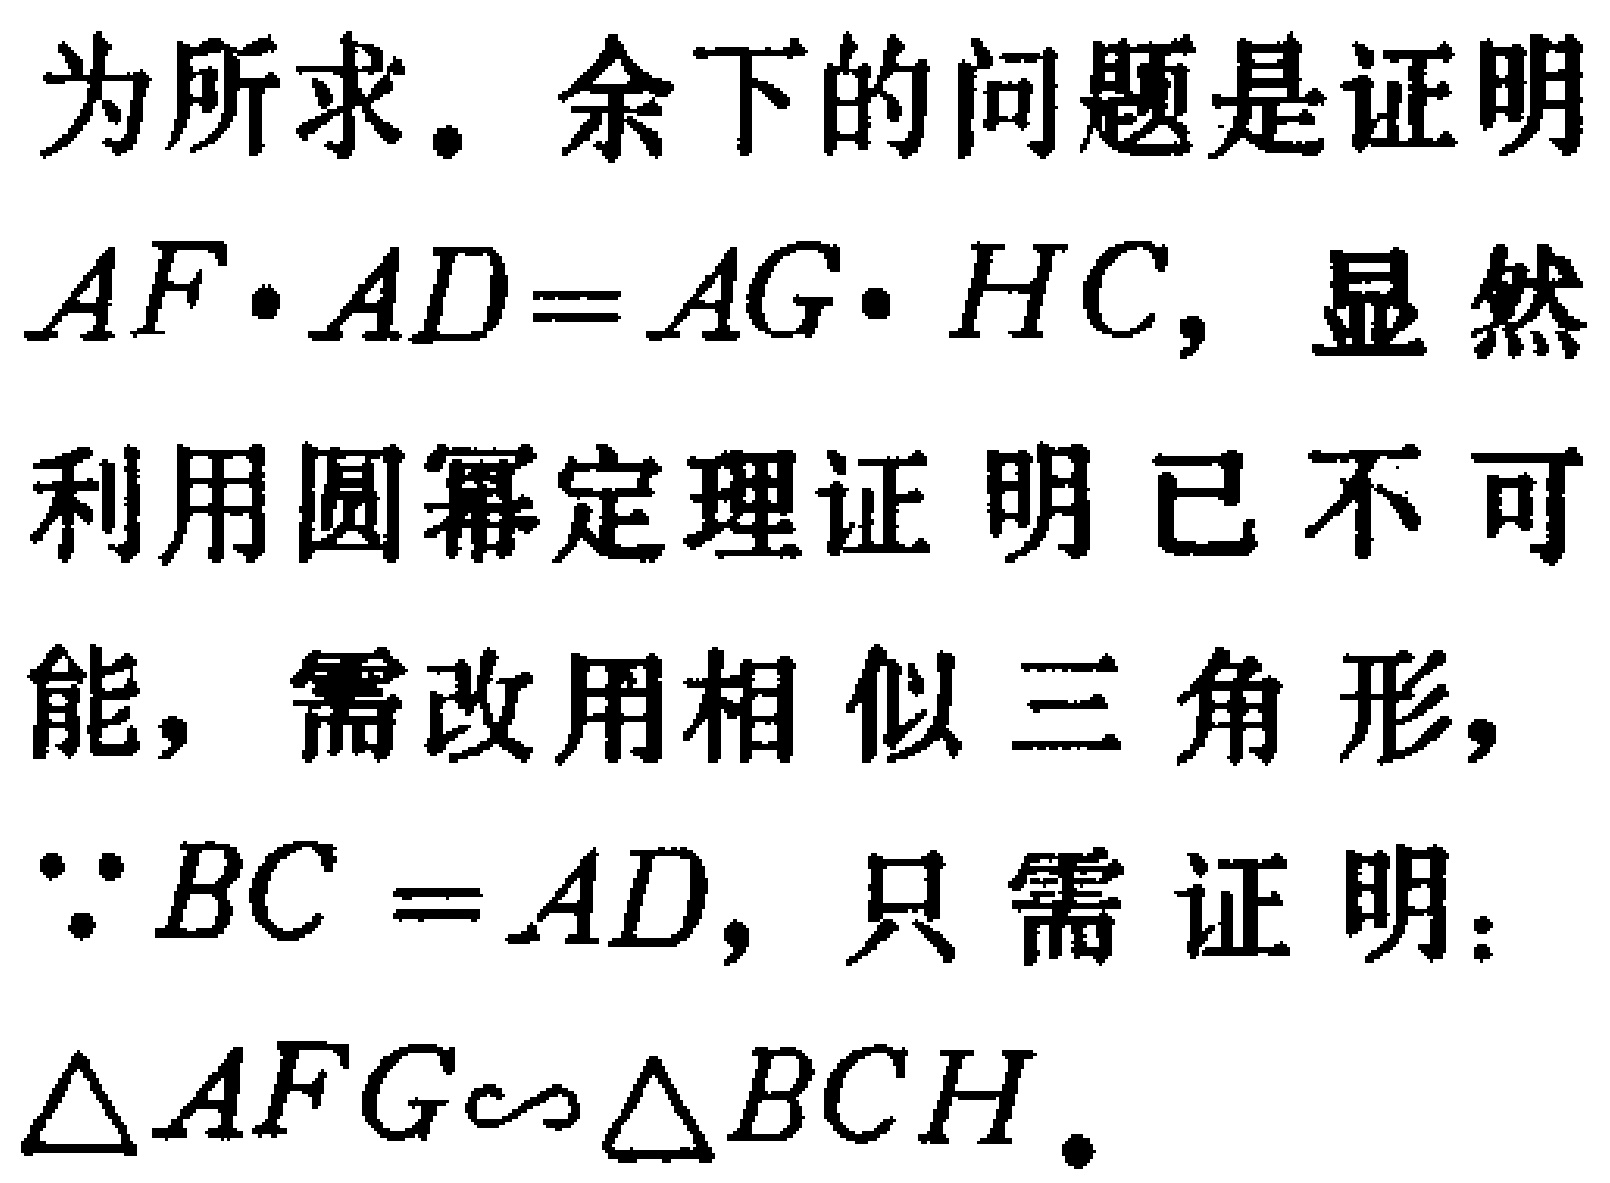
为所求。余下的问题是证明

$AF\cdot AD = AG\cdot HC$，显然

利用圆幂定理证明已不可

能，需改用相似三角形，

$\because BC = AD$，只需证明：

$\triangle AFG\sim\triangle BCH$。